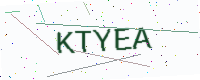
Text: KTYEA